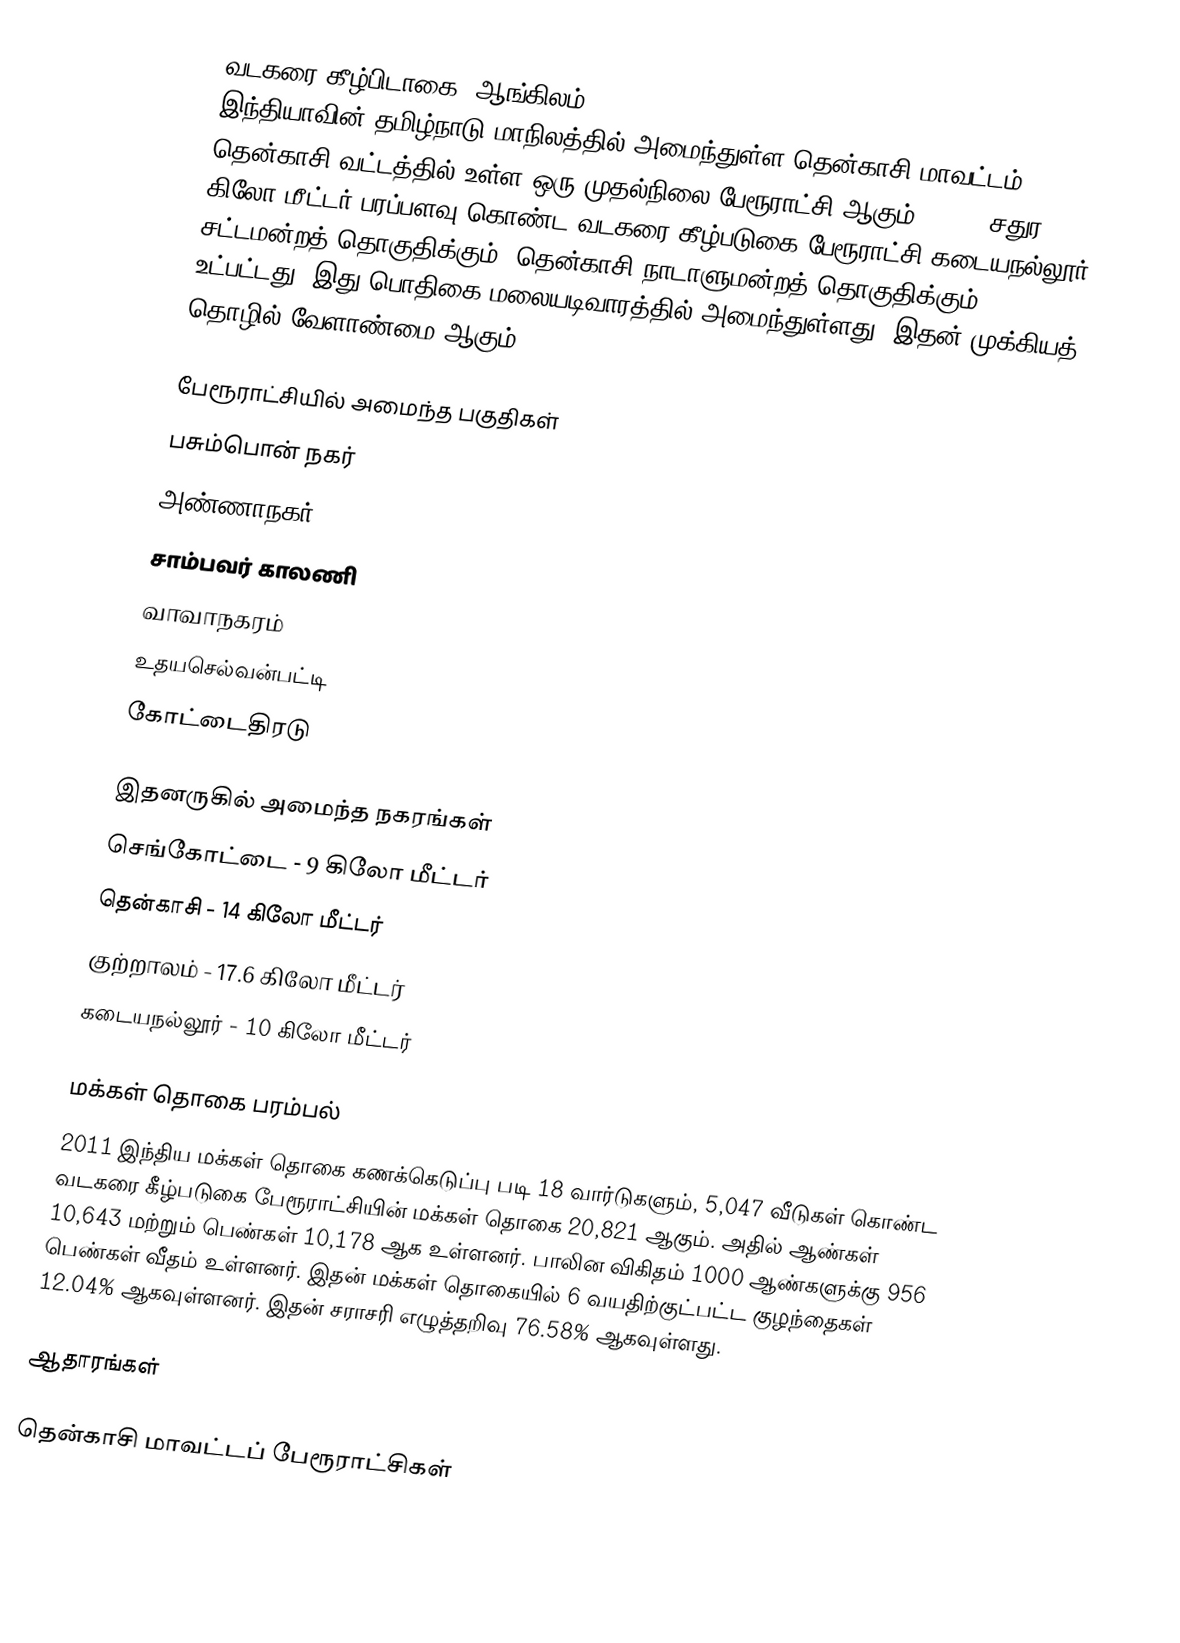
வடகரை கீழ்பிடாகை  (ஆங்கிலம்:Vadakarai Keezhpadugai Town Panchayat), இந்தியாவின் தமிழ்நாடு மாநிலத்தில் அமைந்துள்ள தென்காசி மாவட்டம், தென்காசி வட்டத்தில் உள்ள ஒரு முதல்நிலை பேரூராட்சி ஆகும்.  25.40 சதுர கிலோ மீட்டர் பரப்பளவு கொண்ட வடகரை கீழ்படுகை பேரூராட்சி கடையநல்லூர் சட்டமன்றத் தொகுதிக்கும், தென்காசி நாடாளுமன்றத் தொகுதிக்கும் உட்பட்டது. இது பொதிகை மலையடிவாரத்தில் அமைந்துள்ளது. இதன் முக்கியத் தொழில் வேளாண்மை ஆகும்.

பேரூராட்சியில் அமைந்த பகுதிகள்
 பசும்பொன் நகர்
 அண்ணாநகர்
 சாம்பவர் காலணி
 வாவாநகரம்
 உதயசெல்வன்பட்டி
 கோட்டைதிரடு

இதனருகில் அமைந்த நகரங்கள்
 செங்கோட்டை - 9 கிலோ மீட்டர்
 தென்காசி -	14 கிலோ மீட்டர்
 குற்றாலம் - 17.6 கிலோ மீட்டர்
 கடையநல்லூர் - 10 கிலோ மீட்டர்

மக்கள் தொகை பரம்பல்
2011 இந்திய மக்கள் தொகை கணக்கெடுப்பு படி 18 வார்டுகளும், 5,047 வீடுகள் கொண்ட வடகரை கீழ்படுகை பேரூராட்சியின் மக்கள் தொகை 20,821 ஆகும். அதில் ஆண்கள் 10,643 மற்றும் பெண்கள் 10,178 ஆக உள்ளனர். பாலின விகிதம் 1000 ஆண்களுக்கு 956 பெண்கள் வீதம் உள்ளனர். இதன் மக்கள் தொகையில் 6 வயதிற்குட்பட்ட குழந்தைகள்  12.04% ஆகவுள்ளனர். இதன் சராசரி  எழுத்தறிவு 76.58% ஆகவுள்ளது.

ஆதாரங்கள்

தென்காசி மாவட்டப் பேரூராட்சிகள்